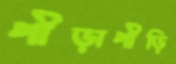
পীড়াপীড়ি